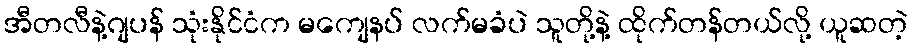
အီတလီနဲ့ဂျပန် သုံးနိုင်ငံက မကျေနပ် လက်မခံပဲ သူတို့နဲ့ ထိုက်တန်တယ်လို့ ယူဆတဲ့